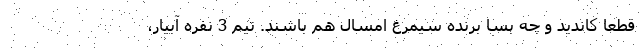
قطعا کاندید و چه بسا برنده سیمرغ امسال هم باشند. تیم 3 نفره آبیار،